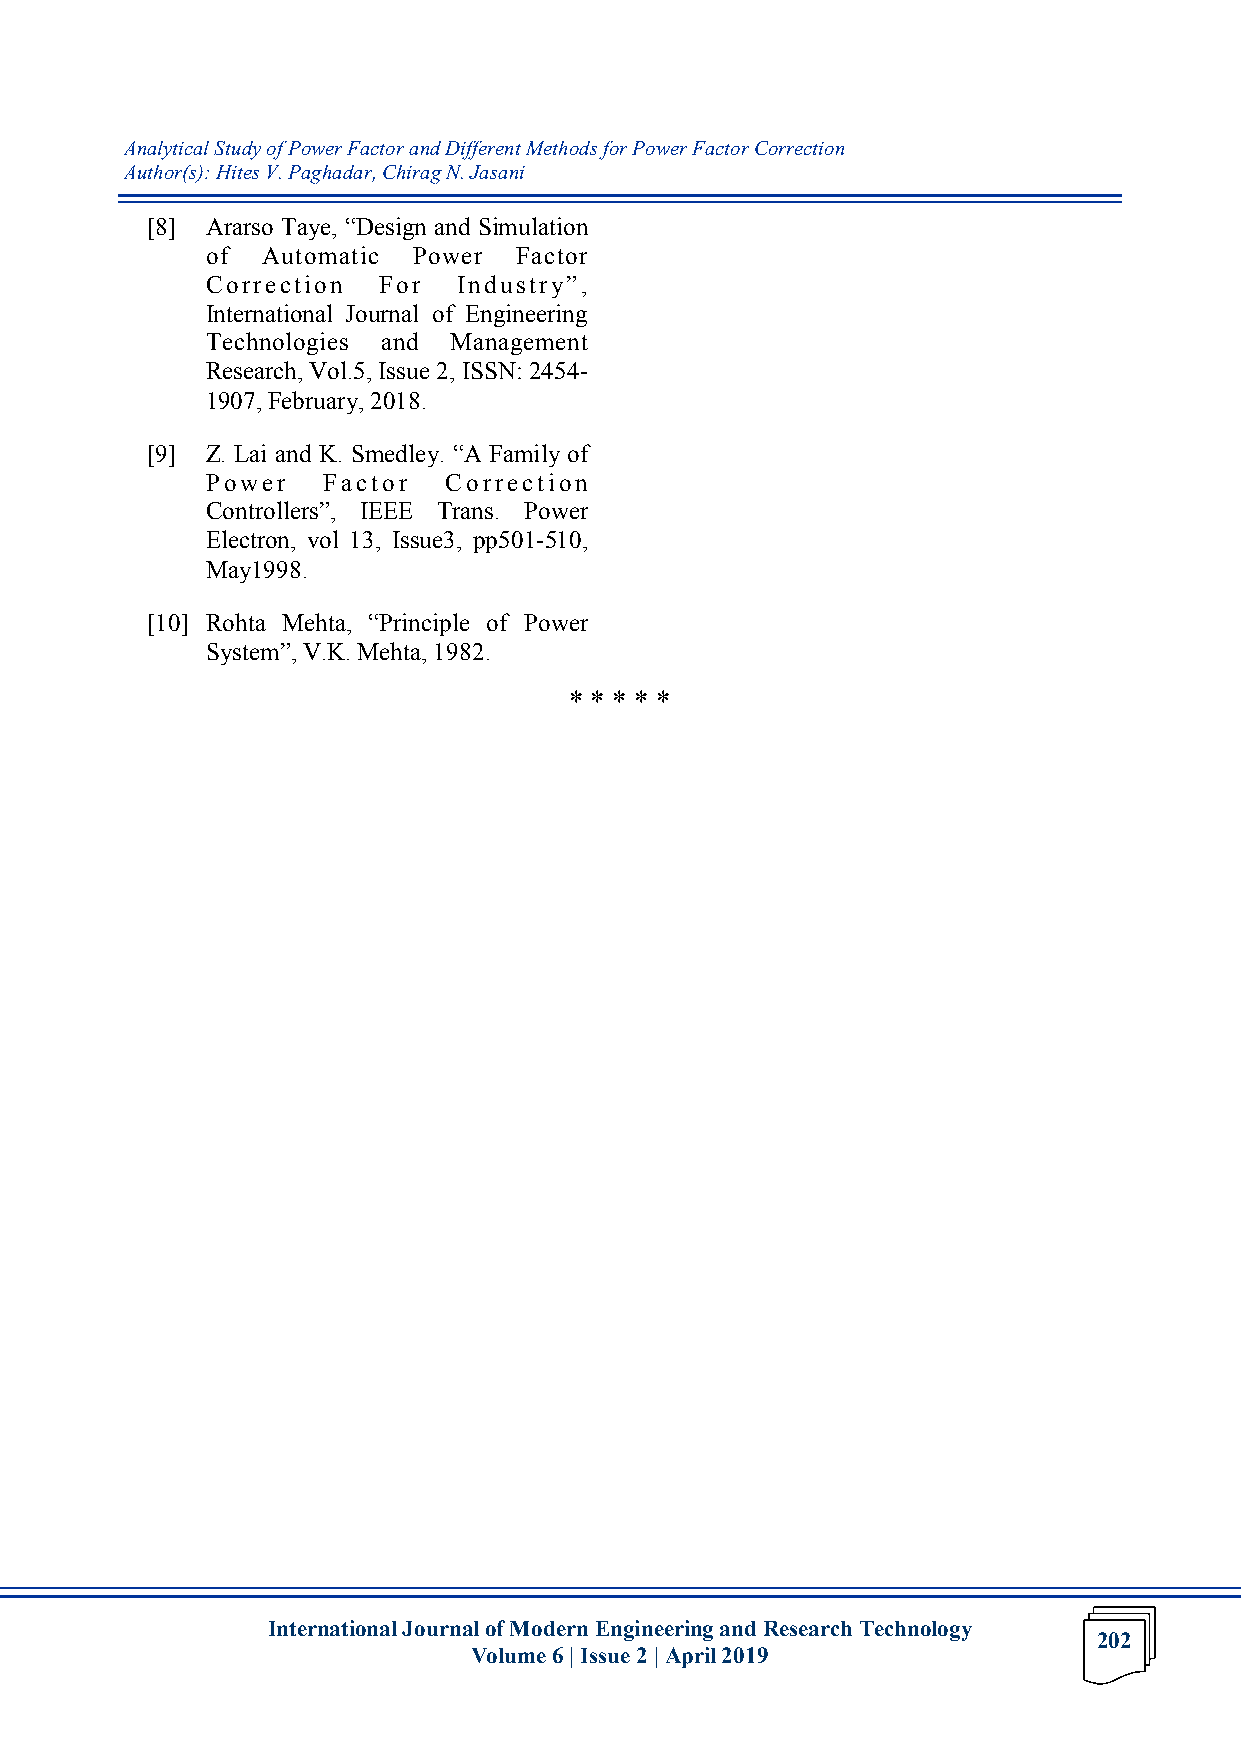
Analytical Study of Power Factor and Different Methods for Power Factor Correction
 Author(s): Hites V. Paghadar, Chirag N. Jasani
 [8] Ararso Taye, “Design and Simulation
 of Automatic Power  Factor
 Correction For  Industry”,
 International Journal of Engineering
 Technologies and Management
 Research, Vol.5, Issue 2, ISSN: 2454-
 1907, February, 2018.
 [9] Z. Lai and K. Smedley. “A Family of
 Power  Factor  Correction
 Controllers”, IEEE Trans. Power
 Electron, vol 13, Issue3, pp501-510,
 May1998.
 [10] Rohta Mehta, “Principle of Power
 System”, V.K. Mehta, 1982.
 * * * * *
 International Journal of Modern Engineering and Research Technology
 202
 Volume 6 | Issue 2 | April 2019